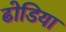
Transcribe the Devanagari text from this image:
ढोडिया